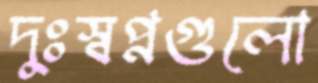
দুঃস্বপ্নগুলো